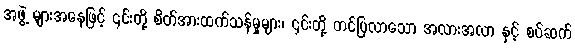
အဖွဲ့ များအနေဖြင့် ၎င်းတို့ စိတ်အားထက်သန်မှုများ၊ ၎င်းတို့ တင်ပြလာသော အလားအလာ နှင့် စပ်ဆက်